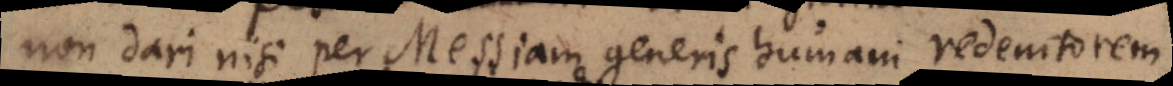
non dari nisi per Messiam generis humani redemtorem.